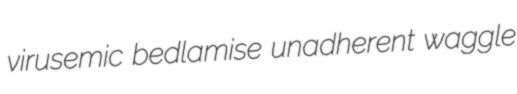
virusemic bedlamise unadherent waggle